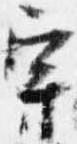
宇